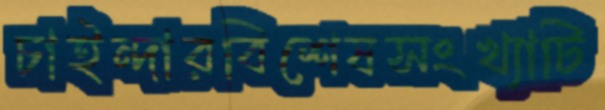
চাইন্দারবিশেষসংখ্যাটি